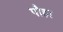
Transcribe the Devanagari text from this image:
पौहा